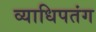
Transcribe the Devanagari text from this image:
व्याधिपतंग